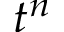
t ^ { n }